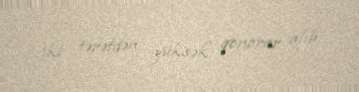
iki tərəfdən yüksək qonorar alıb.